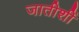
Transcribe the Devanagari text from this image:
जातीशीं